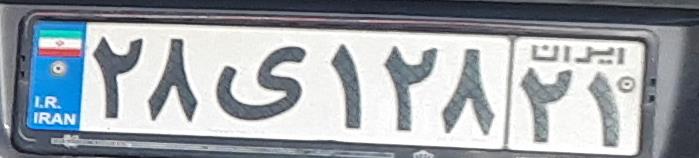
۲۸ی۱۲۸۲۱